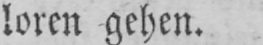
loren gehen.